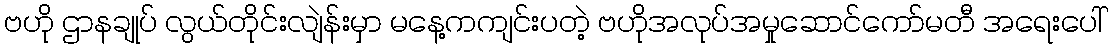
ဗဟို ဌာနချုပ် လွယ်တိုင်းလျဲန်းမှာ မနေ့ကကျင်းပတဲ့ ဗဟိုအလုပ်အမှုဆောင်ကော်မတီ အရေးပေါ်